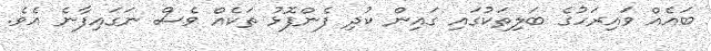
ބައެއް ވައިރަހުގެ ބަލިތަކުގައި ގައިން ކުދި ފެންފޮޅު ތަކެއް ވެސް ނަގައިފާނެ އެވެ.